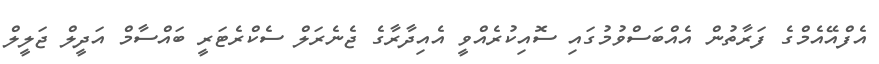
އެފްއޭއެމްގެ ފަރާތުން އެއްބަސްވުމުގައި ސޮއިކުރެއްވީ އެއިދާރާގެ ޖެނެރަލް ސެކްރެޓަރީ ބައްސާމް އަދީލް ޖަލީލް